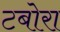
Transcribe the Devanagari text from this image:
टबोरा